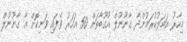
މިހާރު އަމަލުކުރަމުންދާ ގާނޫނުލް އުގޫބާތަށް 50 އަހަރު ވެފައި ވަނިކޮށް އާ ގާނޫނުލް